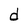
Character: d